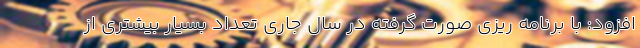
افزود: با برنامه ریزی صورت گرفته در سال جاری تعداد بسیار بیشتری از